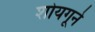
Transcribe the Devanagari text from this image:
शोयगूने